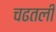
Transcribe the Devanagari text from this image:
चढतली